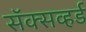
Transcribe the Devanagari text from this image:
सॅक्सव्हर्ड